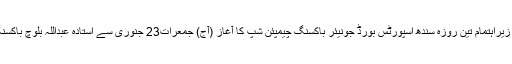
22جنوری 2014ء)سندھ باکسنگ ایسو سی ایشن کے زیراہتمام تین روزہ سندھ اسپورٹس بورڈ جونیئر باکسنگ چیمپئن شپ کا آغاز (آج) جمعرات23 جنوری سے استادہ عبداللہ بلوچ باکسنگ اسٹیڈیم پیپلز اسپورٹس کمپلکس ماری پور میں ہوگا۔